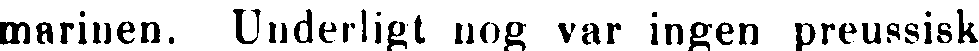
marinen. Underligt nog var ingen preussisk